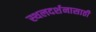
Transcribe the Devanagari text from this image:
स्थलदर्शनासाठी